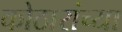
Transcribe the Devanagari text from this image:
कोठारांच्या